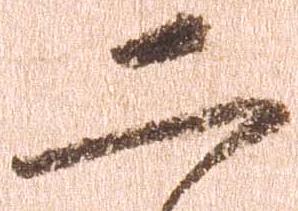
二